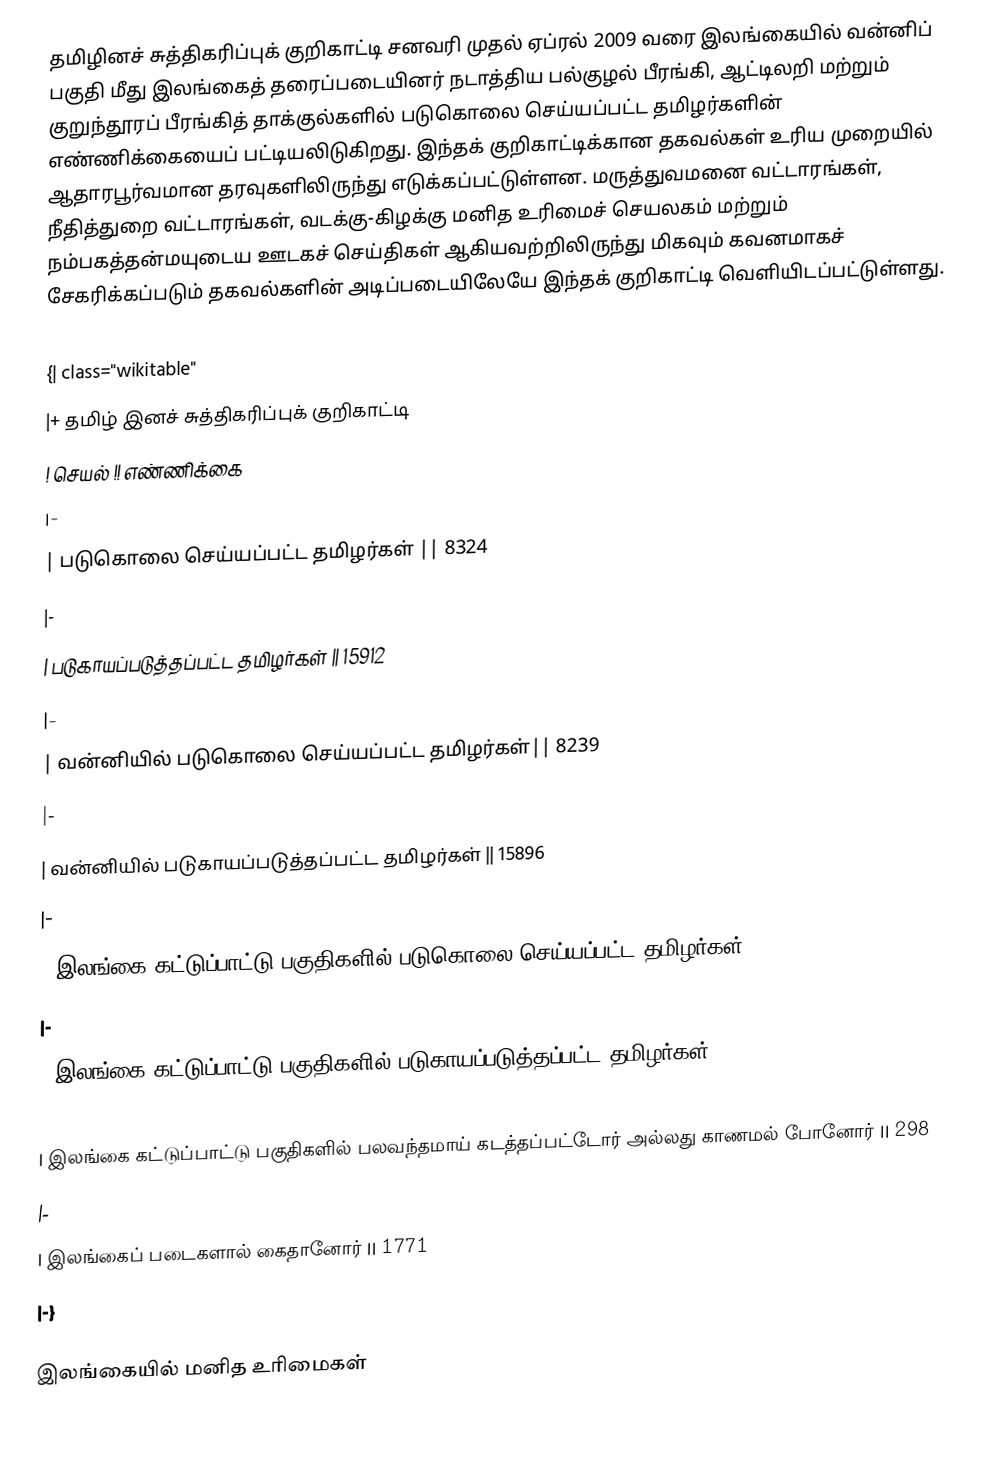
தமிழினச் சுத்திகரிப்புக் குறிகாட்டி சனவரி முதல் ஏப்ரல் 2009 வரை இலங்கையில் வன்னிப் பகுதி மீது இலங்கைத் தரைப்படையினர் நடாத்திய பல்குழல் பீரங்கி, ஆட்டிலறி மற்றும் குறுந்தூரப் பீரங்கித் தாக்குல்களில் படுகொலை செய்யப்பட்ட தமிழர்களின் எண்ணிக்கையைப் பட்டியலிடுகிறது. இந்தக் குறிகாட்டிக்கான தகவல்கள் உரிய முறையில் ஆதாரபூர்வமான தரவுகளிலிருந்து எடுக்கப்பட்டுள்ளன. மருத்துவமனை வட்டாரங்கள், நீதித்துறை வட்டாரங்கள், வடக்கு-கிழக்கு மனித உரிமைச் செயலகம் மற்றும் நம்பகத்தன்மயுடைய ஊடகச் செய்திகள் ஆகியவற்றிலிருந்து மிகவும் கவனமாகச் சேகரிக்கப்படும் தகவல்களின் அடிப்படையிலேயே இந்தக் குறிகாட்டி வெளியிடப்பட்டுள்ளது.

{| class="wikitable"
|+ தமிழ் இனச் சுத்திகரிப்புக் குறிகாட்டி
! செயல் !! எண்ணிக்கை
|-
| படுகொலை செய்யப்பட்ட தமிழர்கள் || 8324
|-
| படுகாயப்படுத்தப்பட்ட தமிழர்கள் || 15912
|-
| வன்னியில் படுகொலை செய்யப்பட்ட தமிழர்கள்|| 8239
|-
| வன்னியில் படுகாயப்படுத்தப்பட்ட தமிழர்கள் || 15896
|-
| இலங்கை கட்டுப்பாட்டு பகுதிகளில் படுகொலை செய்யப்பட்ட தமிழர்கள் || 85
|-
| இலங்கை கட்டுப்பாட்டு பகுதிகளில் படுகாயப்படுத்தப்பட்ட தமிழர்கள் || 16
|-
| இலங்கை கட்டுப்பாட்டு பகுதிகளில் பலவந்தமாய் கடத்தப்பட்டோர் அல்லது காணமல் போனோர் || 298
|-
| இலங்கைப் படைகளால் கைதானோர் || 1771
|-}

இலங்கையில் மனித உரிமைகள்